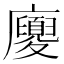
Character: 𢌉